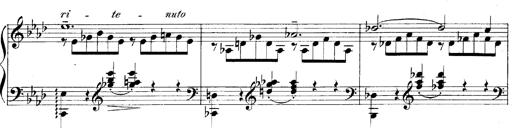
Title: LiebestrÃ¤ume
Composer: Franz Behr
Key: E-flat major